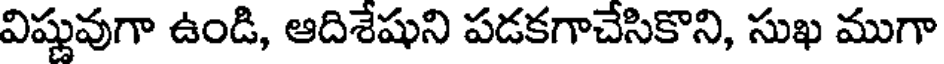
విష్ణువుగా ఉండి, ఆదిశేషుని పడకగాచేసికొని, సుఖ ముగా